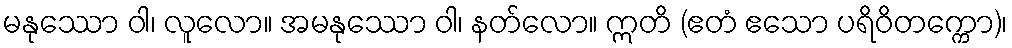
မနုဿော ဝါ၊ လူလော။ အမနုဿော ဝါ၊ နတ်လော။ ဣတိ (ဧတံ ဧသော ပရိဝိတက္ကော)၊